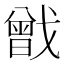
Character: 𢨉